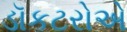
ડૉકટરોએ